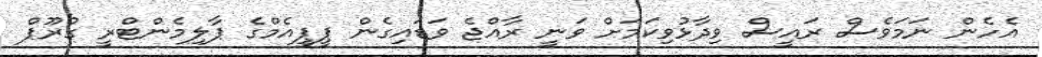
އެހެން ނަމަވެސް ރައީސް ވިދާޅުވިކަމަށް ވަނީ ރާއްޖެ ވަޑައިގެން ޕީޕީއެމްގެ ޕާލިމެންޓްރީ ގުރޫޕް